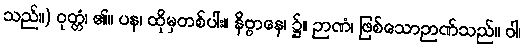
သည်။) ဝုတ္တံ၊ ၏။ ပန၊ ထိုမှတစ်ပါး။ နိဗ္ဗာနေ၊ ၌။ ဉာဏံ၊ ဖြစ်သောဉာဏ်သည်။ ဝါ၊